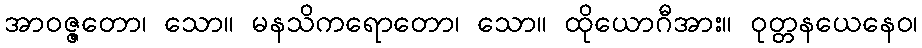
အာဝဇ္ဇတော၊ သော။ မနသိကရောတော၊ သော။ ထိုယောဂီအား။ ဝုတ္တနယေနေဝ၊